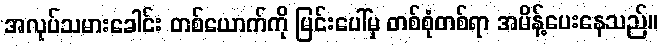
အလုပ်သမားခေါင်း တစ်ယောက်ကို မြင်းပေါ်မှ တစ်စုံတစ်ရာ အမိန့်ပေးနေသည်။